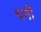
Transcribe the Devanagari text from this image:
चनी